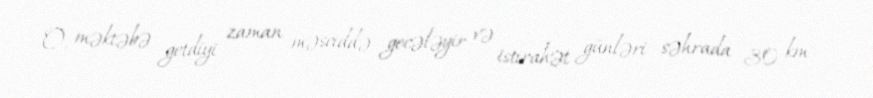
O, məktəbə getdiyi zaman məsciddə gecələyir və istirahət günləri səhrada 30 km